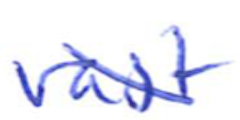
Text: vast
Cross-out: diagonal
Writing tool: ballpoint